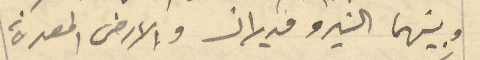
وبينهما النيرو مديلان والأرض المعدة